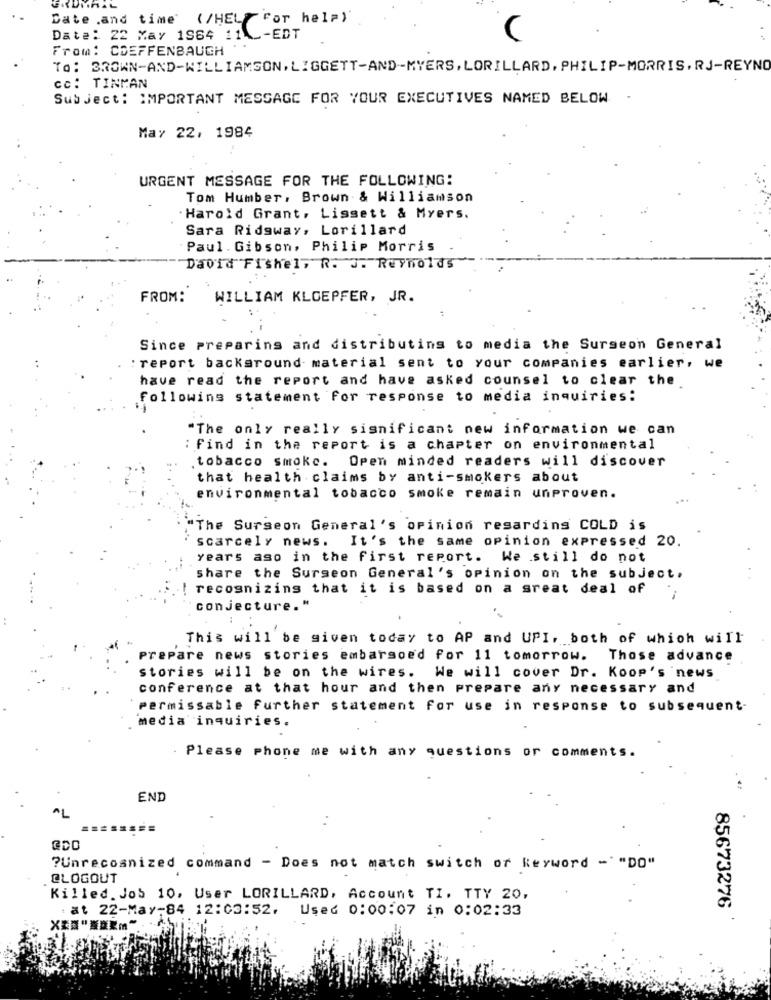
Date .and time (/HEL" For help)
Date: 22 May 1964 11\ _- EDT
From: CDEFFENBAUGH
TO: BROWN-AND-WILLIAMSON, LIGGETT-AND-MYERS, LORILLARD, PHILIP-MORRIS, RJ-REYNO
cc: TINMAN
Subject: IMPORTANT MESSAGE FOR YOUR EXECUTIVES NAMED BELOW
May 22, 1984
URGENT MESSAGE FOR THE FOLLOWING:
Tom Humber, Brown & Williamson
Harold Grant, Lissett & Myers.
Sara Ridgway, Lorillard
Paul. Gibson, Philip Morris
David Fishel, R. J. Reynolds
FROM:
WILLIAM KLOEPFER, JR.
Since preparing and distributing to media the Surgeon General
: report background- material sent to your companies earlier, we
have read the report and have asked counsel to clear the
Following statement For response to media inquiries:
"The only really significant new information we can
: find in the report is a chapter on environmental
. tobacco smoke.
Open minded readers will discover
that health claims by anti-smokers about
environmental tobacco smoke remain unproven.
"The Surgeon General's opinion regarding COLD is
scarcely news. It's the same opinion expressed 20.
years ago in the first report. We still do not
share the Surgeon General's opinion on the subject.
recognizing that it is based on a great deal of
conjecture."
This will be given today to AP and UPI, both of which will
Prepare news stories embargoed for 11 tomorrow. Those advance
stories will be on the wires. We will cover Dr. Koop's news
conference at that hour and then prepare any necessary and
Permissable further statement for use in response to subsequent-
media inquiries.
Please phone me with any questions or comments.
. ..
END
?Unrecognized command - Does not match switch of keyword - "DO"
@LOGOUT
Killed. Jos 10, User LORILLARD, Account TI. TTY 20,
: at 22-May-84 12:03:52.
Used 0:00:07 in 0:02:33
85673276
X素葉“紫凝聚m”